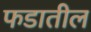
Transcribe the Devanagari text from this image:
फडातील